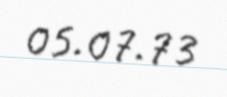
05.07.73